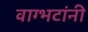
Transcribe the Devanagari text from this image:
वाग्भटांनी